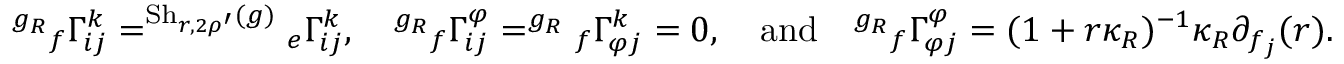
^ { g _ { R } } { _ { f } \Gamma _ { i j } ^ { k } } = ^ { \mathrm { S h } _ { r , 2 \rho ^ { \prime } } ( g ) } { _ { e } \Gamma _ { i j } ^ { k } } , \quad ^ { g _ { R } } { _ { f } \Gamma _ { i j } ^ { \varphi } } = ^ { g _ { R } } { _ { f } \Gamma _ { \varphi j } ^ { k } } = 0 , \quad \mathrm { a n d } \quad ^ { g _ { R } } { _ { f } \Gamma _ { \varphi j } ^ { \varphi } } = ( 1 + r \kappa _ { R } ) ^ { - 1 } \kappa _ { R } \partial _ { f _ { j } } ( r ) .